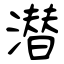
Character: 潜